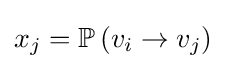
{\textstyle x_{j}=\mathbb {P} \left(v_{i}\to v_{j}\right)}